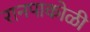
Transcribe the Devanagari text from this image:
रानपाकोळी